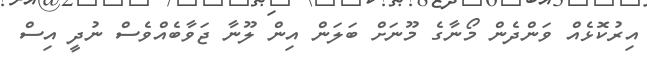
އިރުކޮޅެއް ވަންދެން މޯނާގެ މޫނަށް ބަލަން އިން ލޫނާ ޖަވާބެއްވެސް ނުދީ އިސް